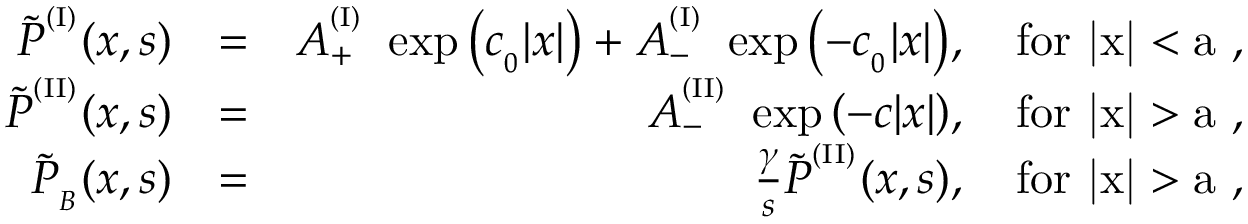
\begin{array} { r l r } { { \widetilde P } ^ { ^ { ( \mathrm { I } ) } } ( x , s ) } & { = } & { A _ { + } ^ { ^ { ( \mathrm { I } ) } } \ \exp { \left( c _ { _ 0 } | x | \right) } + A _ { - } ^ { ^ { ( \mathrm { I } ) } } \ \exp { \left( - c _ { _ 0 } | x | \right) } , \quad \mathrm { f o r ~ | x | < a ~ } , } \\ { { \widetilde P } ^ { ^ { ( \mathrm { I I } ) } } ( x , s ) } & { = } & { A _ { - } ^ { ^ { ( \mathrm { I I } ) } } \ \exp { \left( - c | x | \right) } , \quad \mathrm { f o r ~ | x | > a ~ } , } \\ { { \widetilde P } _ { _ B } ( x , s ) } & { = } & { \frac { \gamma } { s } { \widetilde P } ^ { ^ { ( \mathrm { I I } ) } } ( x , s ) , \quad \mathrm { f o r ~ | x | > a ~ } , } \end{array}